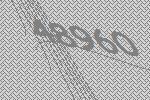
48960